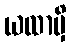
ယထာမှိ